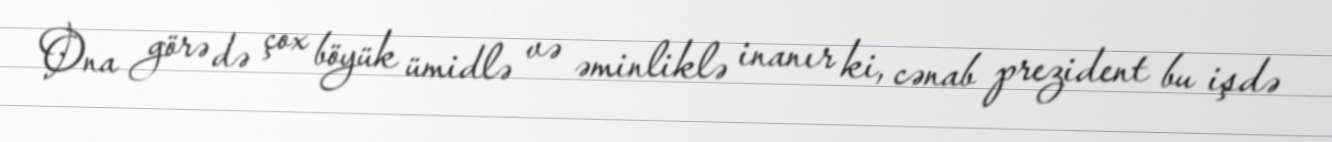
Ona görə də çox böyük ümidlə və əminliklə inanır ki, cənab prezident bu işdə